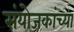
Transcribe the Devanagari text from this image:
संयोजकांच्या